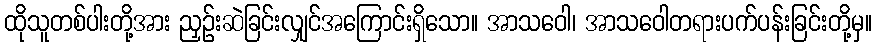
ထိုသူတစ်ပါးတို့အား ညှဉ်းဆဲခြင်းလျှင်အကြောင်းရှိသော။ အာသဝေါ၊ အာသဝေါတရားပက်ပန်းခြင်းတို့မှ။